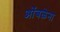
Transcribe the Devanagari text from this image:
ओंबळेना